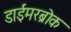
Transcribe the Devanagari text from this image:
डाईमरब्रोक